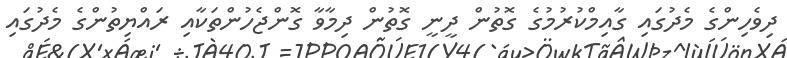
ދިވެހިންގެ މެދުގައި ގާއިމްކުރުމުގެ ގޮތުން ދީނީ ގޮތުން ދިމާވާ ގޮންޖެހުންތަކާއި ރައްޔިތުންގެ މެދުގައި